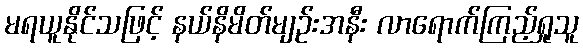
မရယူနိုင်သဖြင့် နယ်နိမိတ်မျဉ်းအနီး လာရောက်ကြည့်ရှုသူ